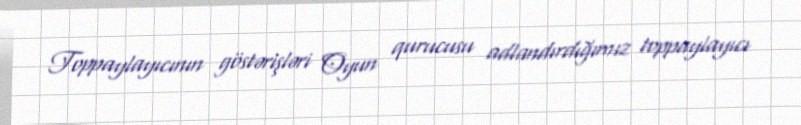
Toppaylayıcının göstərişləri Oyun qurucusu adlandırdığımız toppaylayıcı